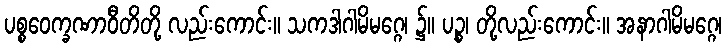
ပစ္စဝေက္ခဏာဝီတိတို့ လည်းကောင်း။ သကဒါဂါမိမဂ္ဂေ၊ ၌။ ပဉ္စ၊ တို့လည်းကောင်း။ အနာဂါမိမဂ္ဂေ၊